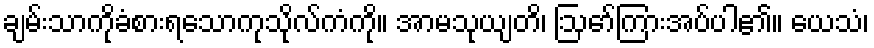
ချမ်းသာကိုခံစားရသောကုသိုလ်ကံကို။ အာမသုယျတိ၊ ဩော်ကြားအပ်ပါ၏။ ယေသံ၊